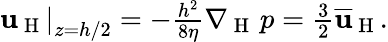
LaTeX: \begin{array}{r}{\left.\mathbf{u}_{\mathrm{~H~}}\right\vert_{z=h/2}=-\frac{h^{2}}{8\eta}\nabla_{\mathrm{~H~}}\, p=\frac{3}{2}\overline{{\mathbf{u}}}_{\mathrm{~H~}}.}\end{array}